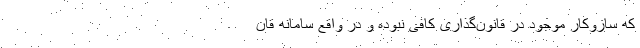
که ساز‌و‌کار موجود در قانون‌گذاری کافی نبوده و در واقع سامانه قان